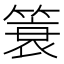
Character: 簑